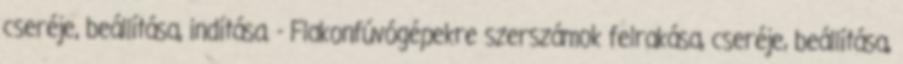
cseréje, beállítása, indítása. - Flakonfúvógépekre szerszámok felrakása, cseréje, beállítása,